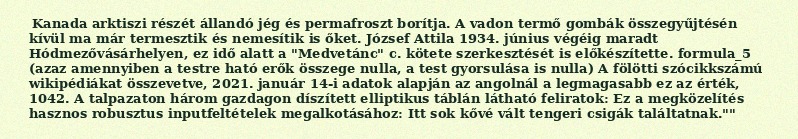
Kanada arktiszi részét állandó jég és permafroszt borítja. A vadon termő gombák összegyűjtésén kívül ma már termesztik és nemesítik is őket. József Attila 1934. június végéig maradt Hódmezővásárhelyen, ez idő alatt a "Medvetánc" c. kötete szerkesztését is előkészítette. formula_5 (azaz amennyiben a testre ható erők összege nulla, a test gyorsulása is nulla) A fölötti szócikkszámú wikipédiákat összevetve, 2021. január 14-i adatok alapján az angolnál a legmagasabb ez az érték, 1042. A talpazaton három gazdagon díszített elliptikus táblán látható feliratok: Ez a megközelítés hasznos robusztus inputfeltételek megalkotásához: Itt sok kővé vált tengeri csigák találtatnak.""